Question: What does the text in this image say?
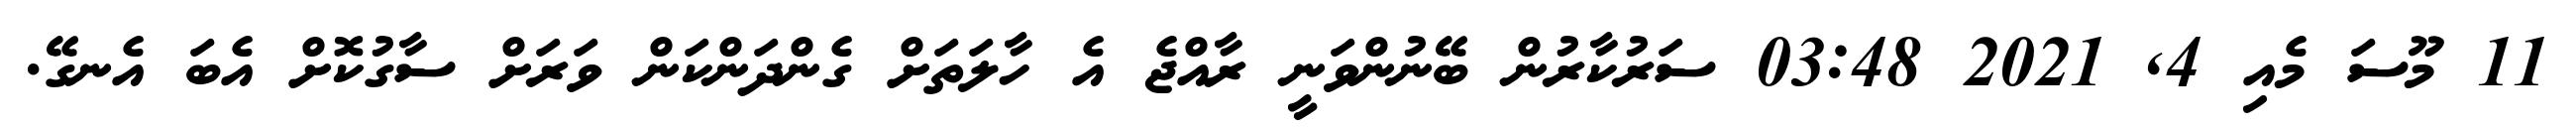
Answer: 11 މޫސަ މެއި 4, 2021 03:48 ސަރުކާރުން ބޭނުންވަނީ ރާއްޖެ އެ ހާލަތަށް ގެންދަންކަން ވަރަށް ސާގުކޮށް އެބަ އެނގޭ.